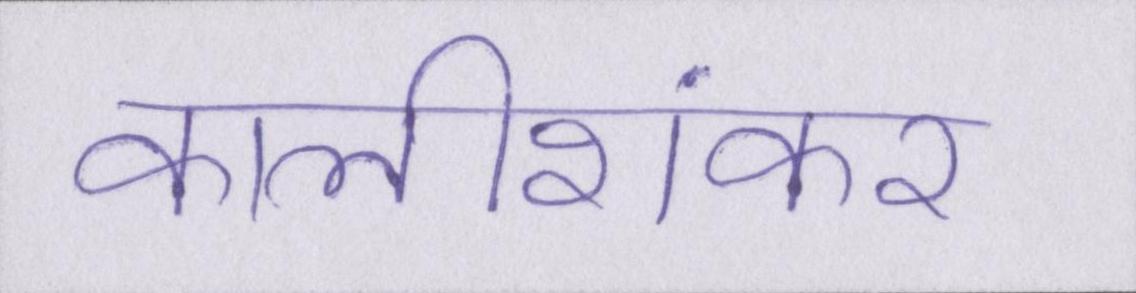
कालीशंकर